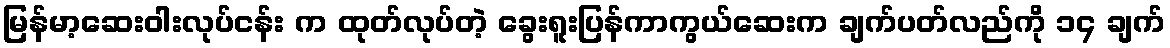
မြန်မာ့ဆေးဝါးလုပ်ငန်း က ထုတ်လုပ်တဲ့ ခွေးရူးပြန်ကာကွယ်ဆေးက ချက်ပတ်လည်ကို ၁၄ ချက်